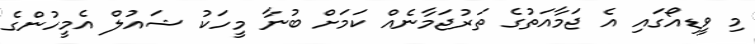
މި ވީޑިއޯގައި އެ ޖަމާއަތުގެ ތަރުޖަމާނެއް ކަމަށް ބުނާ މީހަކު ޝައުލް އެމީހުންގެ